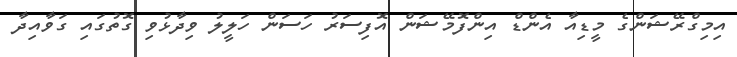
އިމިގްރޭޝަންގެ މީޑިއާ އެންޑް އިންފޮމޭޝަން އޮފިސަރު ހަސަން ހަލީލު ވިދާޅުވި ގޮތުގައި ގަވާއިދާ